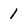
Character: 1